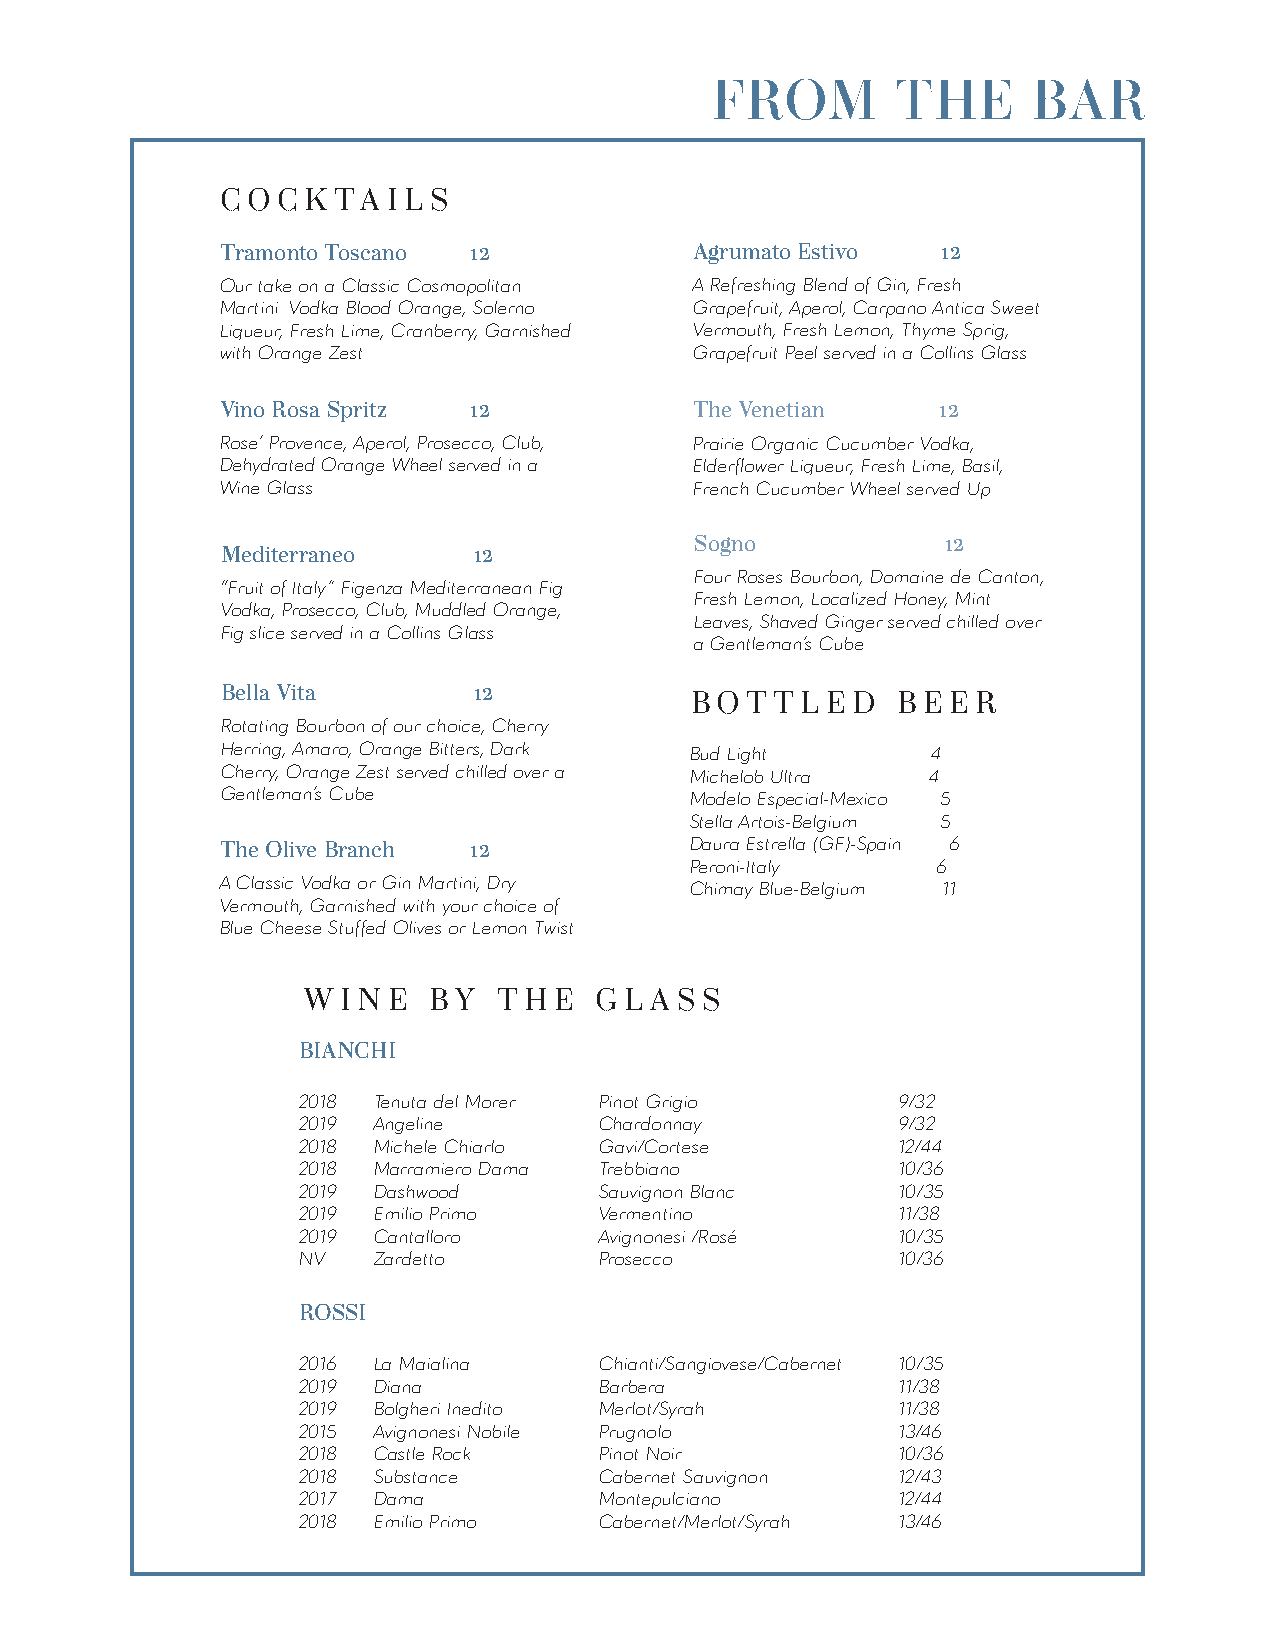
FROM        THE      BAR
 COC  KTAILS
 Tramonto Toscano 12            Agrumato Estivo 12
 Our take on a Classic Cosmopolitan A Refreshing Blend of Gin, Fresh
 Martini. Vodka Blood Orange, Solerno Grapefruit, Aperol, Carpano Antica Sweet
 Liqueur, Fresh Lime, Cranberry, Garnished Vermouth, Fresh Lemon, Thyme Sprig,
 with Orange Zest.              Grapefruit Peel served in a Collins Glass.
 Vino Rosa Spritz 12            The Venetian    12
 Rose’ Provence, Aperol, Prosecco, Club, Prairie Organic Cucumber Vodka,
 Dehydrated Orange Wheel served in a Elderflower Liqueur, Fresh Lime, Basil,
 Wine Glass.                    French Cucumber Wheel served Up.
 Sogno            12
 Mediterraneo    12
 Four Roses Bourbon, Domaine de Canton,
 “Fruit of Italy.” Figenza Mediterranean Fig
 Fresh Lemon, Localized Honey, Mint
 Vodka, Prosecco, Club, Muddled Orange,
 Leaves, Shaved Ginger served chilled over
 Fig slice served in a Collins Glass.
 a Gentleman’s Cube.
 Bella Vita      12
 BOTTLE    D  BEE   R
 Rotating Bourbon of our choice, Cherry
 Herring, Amaro, Orange Bitters, Dark Bud Light 4
 Cherry, Orange Zest served chilled over a Michelob Ultra 4
 Gentleman’s Cube.              Modelo Especial-Mexico 5
 Stella Artois-Belgium 5
 Daura Estrella (GF)-Spain 6
 The Olive Branch 12
 Peroni-Italy    6
 A Classic Vodka or Gin Martini, Dry Chimay Blue-Belgium 11
 Vermouth, Garnished with your choice of
 Blue Cheese Stuffed Olives or Lemon Twist
 WINE    BY   THE   GLA   SS
 BIANCHI
 2018 Tenuta del Morer Pinot Grigio     9/32
 2019 Angeline       Chardonnay         9/32
 2018 Michele Chiarlo Gavi/Cortese      12/44
 2018 Marramiero Dama Trebbiano         10/36
 2019 Dashwood       Sauvignon Blanc    10/35
 2019 Emilio Primo   Vermentino         11/38
 2019 Cantalloro     Avignonesi /Rosé   10/35
 NV   Zardetto       Prosecco           10/36
 ROSSI
 2016 La Maialina    Chianti/Sangiovese/Cabernet 10/35
 2019 Diana          Barbera            11/38
 2019 Bolgheri Inedito Merlot/Syrah     11/38
 2015 Avignonesi Nobile Prugnolo        13/46
 2018 Castle Rock    Pinot Noir         10/36
 2018 Substance      Cabernet Sauvignon 12/43
 2017 Dama           Montepulciano      12/44
 2018 Emilio Primo   Cabernet/Merlot/Syrah 13/46